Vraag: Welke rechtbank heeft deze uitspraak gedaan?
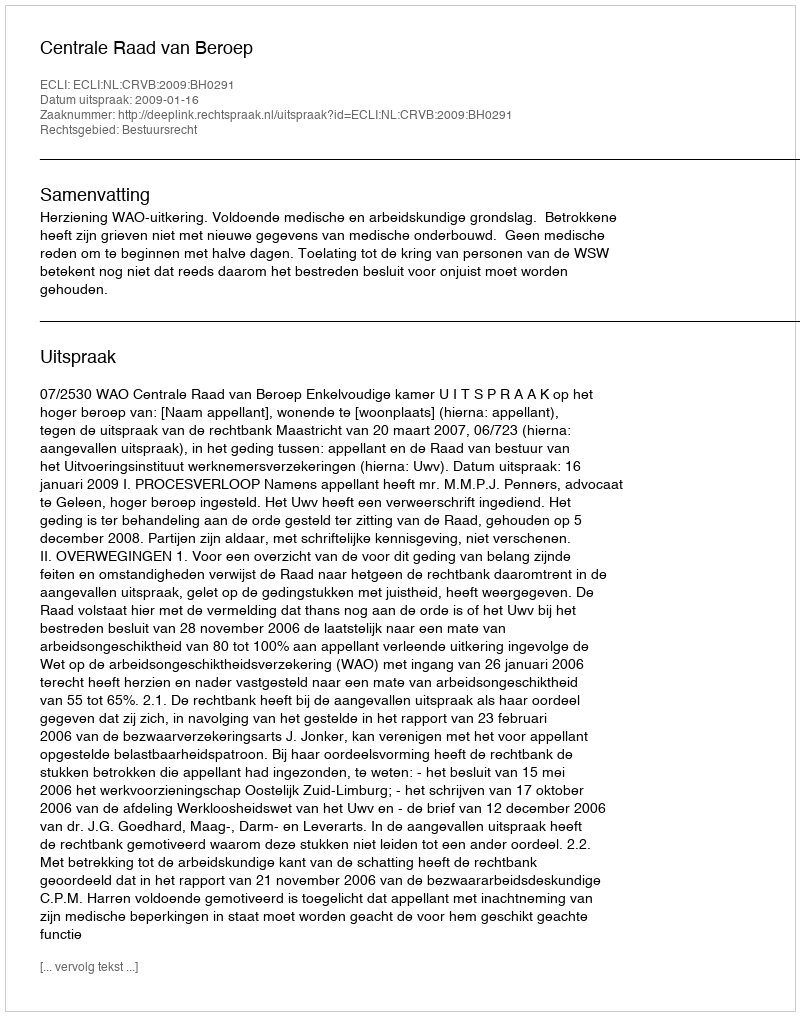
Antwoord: Centrale Raad van Beroep